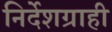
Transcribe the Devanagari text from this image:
निर्देशग्राही